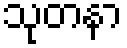
သုတနာ